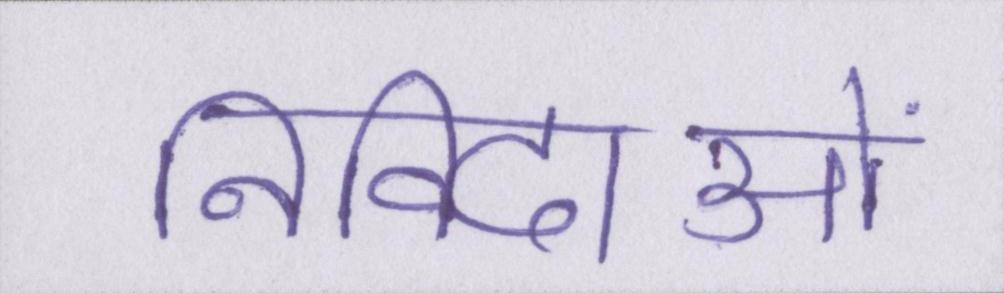
निविदाओं